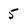
Character: 5